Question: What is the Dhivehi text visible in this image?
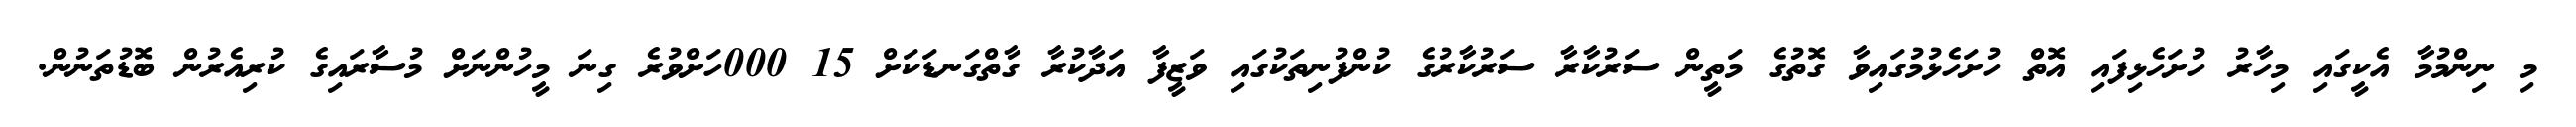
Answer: މި ނިންމުމާ އެކީގައި މިހާރު ހުށަހެޅިފައި އޮތް ހުށަހެޅުމުގައިވާ ގޮތުގެ މަތީން ސަރުކާރާ ސަރުކާރުގެ ކުންފުނިތަކުގައި ވަޒީފާ އަދާކުރާ ގާތްގަނޑަކަށް 15 000ހަށްވުރެ ގިނަ މީހުންނަށް މުސާރައިގެ ކުރިއެރުން ބޮޑުތަނުން.